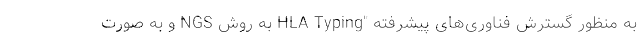
به ‌منظور گسترش فناوری‌های پیشرفته "HLA Typing به روش NGS و به صورت